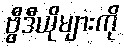
ဗွီဒီယိုများကို